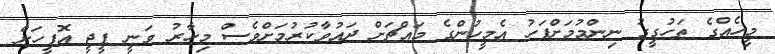
މީހެއްގެ ތަހުގީގު ނިންމުމަށްފަހު އެމީހުންގެ މައްޗަށް ދައުވާކުރުމަށްވެސް މިހާރު ވަނީ ޕީޖީ އޮފީހަށް